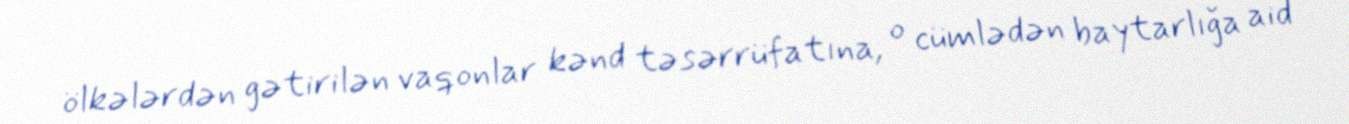
ölkələrdən gətirilən vaqonlar kənd təsərrüfatına, o cümlədən baytarlığa aid